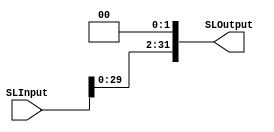
`timescale 1ns / 1ps
//////////////////////////////////////////////////////////////////////////////////
// Company: 
// Engineer: 
// 
// Design Name: 
// Module Name: ShiftLeft_2_C
// Project Name: 
// Target Devices: 
// Tool Versions: 
// Description: 
// 
// Dependencies: 
// 
// Revision:
// Revision 0.01 - File Created
// Additional Comments:
// 
//////////////////////////////////////////////////////////////////////////////////


module ShiftLeft_2_C(SLInput, 
                     SLOutput);
                     
    input [31:0] SLInput;
    output [31:0] SLOutput;
    
    assign SLOutput = SLInput << 2; 
    
endmodule